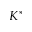
K ^ { * }